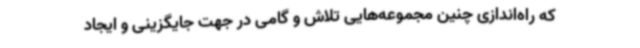
که راه‌اندازی چنین مجموعه‌هایی تلاش و گامی در جهت جایگزینی و ایجاد